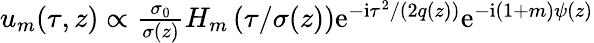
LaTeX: \begin{array}{r}{u_{m}(\tau,z)\propto\frac{\sigma_{0}}{\sigma(z)}H_{m}\left(\tau/\sigma(z)\right)\mathrm{e}^{-\mathrm{i}\tau^{2}/(2q(z))}\mathrm{e}^{-\mathrm{i}(1+m)\psi(z)}}\end{array}